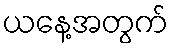
ယနေ့အတွက်